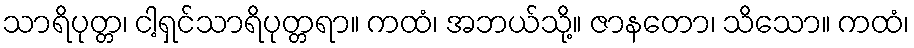
သာရိပုတ္တ၊ ငါ့ရှင်သာရိပုတ္တရာ။ ကထံ၊ အဘယ်သို့။ ဇာနတော၊ သိသော။ ကထံ၊